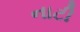
નાટી